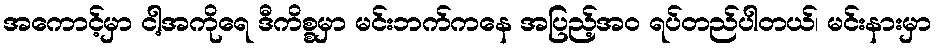
အကောင့်မှာ ငါ့အကိုရေ ဒီကိစ္စမှာ မင်းဘက်ကနေ အပြည့်အဝ ရပ်တည်ပါတယ်၊ မင်းနားမှာ